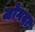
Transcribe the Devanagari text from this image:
जोगदा